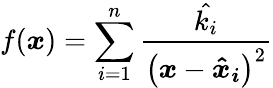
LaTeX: f(\boldsymbol{x})=\sum_{i=1}^{n}\frac{\hat{k_{i}}}{\left(\boldsymbol{x}-\boldsymbol{\hat{x}_{i}}\right)^{2}}